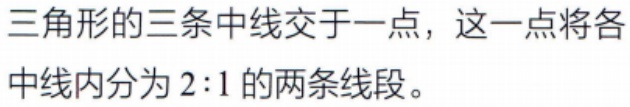
三角形的三条中线交于一点，这一点将各中线内分为 \(2:1\) 的两条线段。